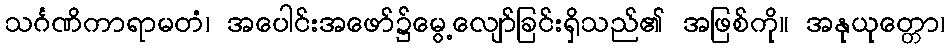
သင်္ဂဏိကာရာမတံ၊ အပေါင်းအဖော်၌မွေ့လျော်ခြင်းရှိသည်၏ အဖြစ်ကို။ အနုယုတ္တော၊